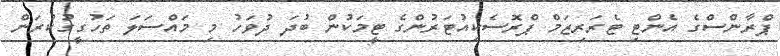
ޕްރާންސްގެ އެންޓި ޓެރަރިޒަމް ޕްރޮސެކިއުޓަރުންގެ ޓީމަކުން ބުދަ ދުވަހު މި މައްސަލަ ތަހުގީގުކުރަން